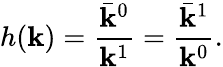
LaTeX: h(\mathbf{k})=\frac{{\bar{{\mathbf{k}}}^{0}}}{{\mathbf{k}^{1}}}=\frac{{\bar{{\mathbf{k}}}^{1}}}{{\mathbf{k}^{0}}}.